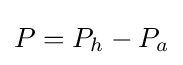
P=P_{h}-P_{a}